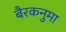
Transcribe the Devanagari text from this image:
बैरकनुमा